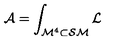
{ \cal A } = \int _ { { \cal M } ^ { 4 } \subset { \cal S M } } { \cal L }